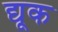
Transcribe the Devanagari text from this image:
द्यूक